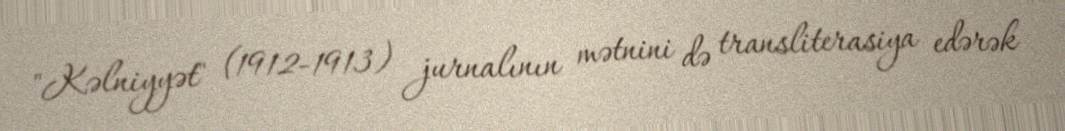
"Kəlniyyət" (1912-1913) jurnalının mətnini də transliterasiya edərək